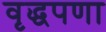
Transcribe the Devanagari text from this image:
वृद्धपणा